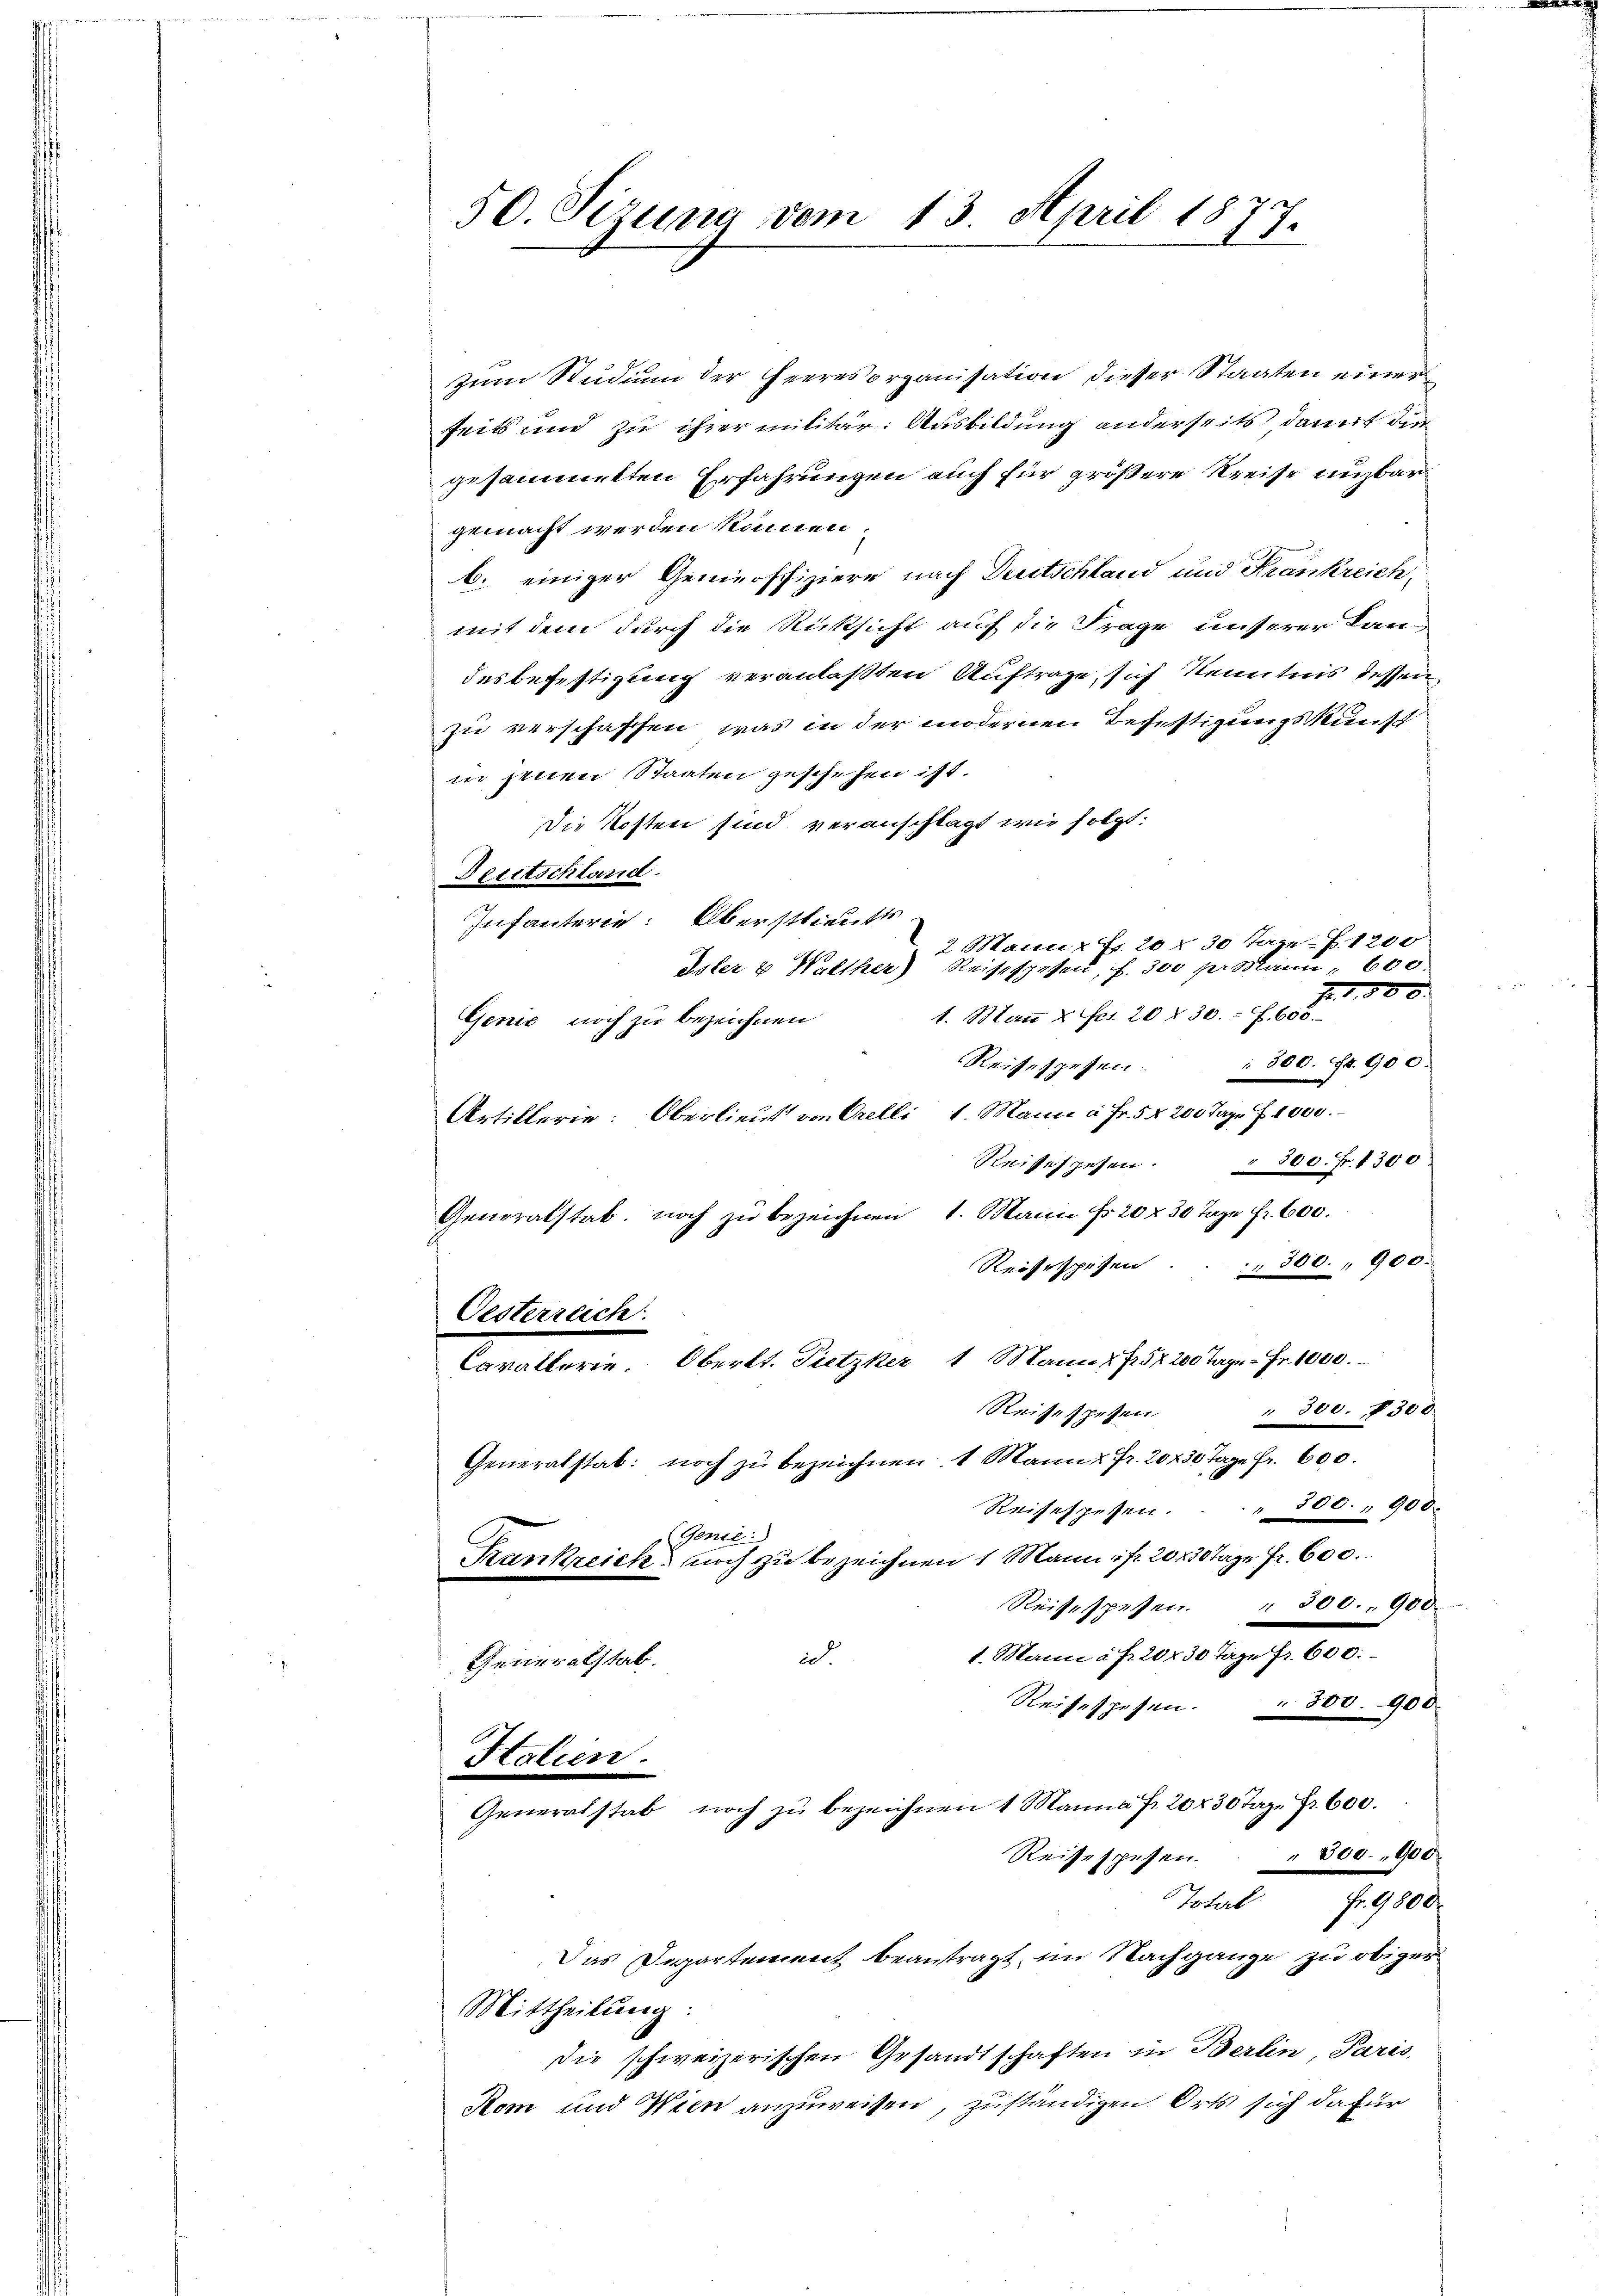
50. Sizung vom 13. April 1877.
e

zŭm Studium der Heeresorganisation dieser Staaten einer
seits und zu ihrer militär. Ausbildung anderseits, damit die
gesammtten Erfahrungen auch für größere Kreise unzbargemacht werden können.
b. einiger Geneoffiziere nach Deutschland und Krankreich,
mit dem durch die Rücksicht auf die Frage unserer Landes befestigung veranlaßten Auftrage, sich Kenntnis dessen
zu verschaffen, was in der modernen Befestigungskunsch
in jenen Staaten geschehen ist.
Die Kosten sind veranschlagt wie folgt:
Deutschland.
Infanterie: Oberstlieutts.
2 Mann Fr. 20 f 30 Tage Z. 1200
Oster & Walther Reisespesen, f. 300 pr. Mann 600.
Fr. 1,500.
1. Man & Fr. 20 § 30 f. 600.
Genie noch zu bezeichnen
300. Fr. 900.
Reisetzesen.
Artillerie: Oberlieut von Grelli, 1. Mann à Fr. 5 § 200 Tage f. 1000.
Reisespesen. 300. Fr. 1300
Generalstab. noch zu bezeichnen 1. Mann fr. 20 f 30 Tage fr. 600.
Reisespesen . . . 300. 900
Oesterreich
Carallerie. Oberkt. Dietzker, 1 Mann 1752 200 gr. Fr. 1000.
Reise spesen.
 300. 7500
Generalstab noch zu bezeichnen 1 Mann 2 Fr. 20430 Tage Fr. 600.
500. 900.
Reisespesen.

Genie:
Krankreich noch zu bezeichnen 1 Mann ist 20 f 30 Tage Fr. 600.
Reisesspesen. " 300. 900.
1. Mann a. f. 20 r 30 Tage Fr. 600.
id
Generalstab.
Reisespesen. " 300. 900
Holien
Generalstab noch zŭ bezeichnen 1 Manna Fr. 2030 Tage Fr. 600.
Reisespesen. " 800. 900.
Total Fr. 9800
Das Departement beantragt, im Nachgange zu obiger
Mittheilung:
die schweizerischen Gesandtschaften in Berlin, Paris,
Kom und Wien anzuweisen, zuständigen Orts sich dafür